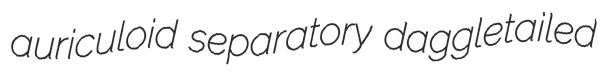
auriculoid separatory daggletailed